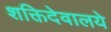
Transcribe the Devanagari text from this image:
शक्तिदेवालये